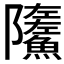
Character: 𩼏